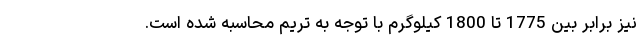
نیز برابر بین 1775 تا 1800 کیلوگرم با توجه به تریم محاسبه شده است.